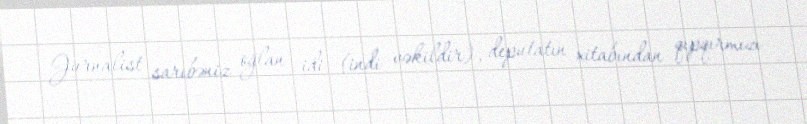
Jurnalist sarıbəniz oğlan idi (indi vəkildir), deputatın xitabından qıpqırmızı